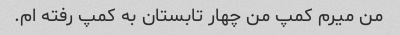
من میرم کمپ من چهار تابستان به کمپ رفته ام.